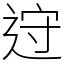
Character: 䢘